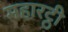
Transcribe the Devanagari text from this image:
महारट्ठी